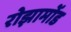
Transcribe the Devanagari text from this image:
रोझामोंड